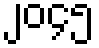
၂၀၄၅